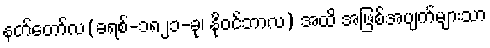
နတ်တော်လ(ခရစ်-၁၈၂၁-ခု၊ နိုဝင်ဘာလ) အထိ အဖြစ်အပျက်များသာ